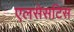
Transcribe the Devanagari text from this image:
एलसेसटिस